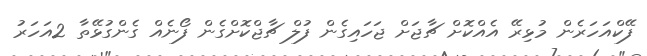
ފޭކްއަހަރެން މުޅިރޭ އެއްކޮށް ޗާޖަށް ޖަހައިގެން ފުލް ޗާޖްކޮށްގެން ފޯނެއް ގެންގުޅޭތާ 2އަހަރު